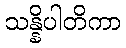
သန္နိပါတိကာ